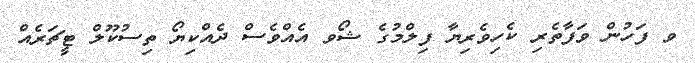
ވ ފަހުން ވަފާތެރި ކެހިވެރިޔާ ފިލްމުގެ ޝޯވ އެއްވެސް ދެއްކިޔޯ ތިސުކޫލް ޓީޗަރެއް